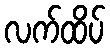
လက်ထိပ်